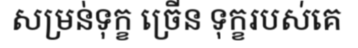
សម្រន់ទុក្ខ ច្រើន ទុក្ខរបស់គេ